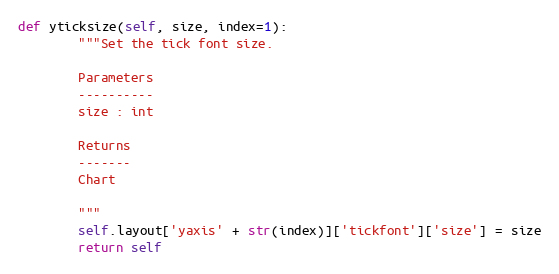
Language: Python
def yticksize(self, size, index=1):
        """Set the tick font size.

        Parameters
        ----------
        size : int

        Returns
        -------
        Chart

        """
        self.layout['yaxis' + str(index)]['tickfont']['size'] = size
        return self